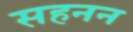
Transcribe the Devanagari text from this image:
सहनन